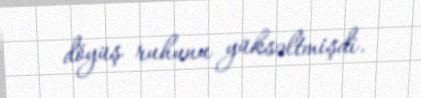
döyüş ruhunu yüksəltmişdi.